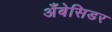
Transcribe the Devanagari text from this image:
अँबेसिडर